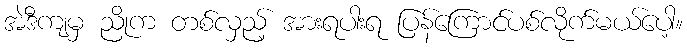
အဲဒီကျမှ ညိုက တစ်လှည့် အားရပါးရ ပြန်ကြောင်ပစ်လိုက်မယ်ပေါ့။